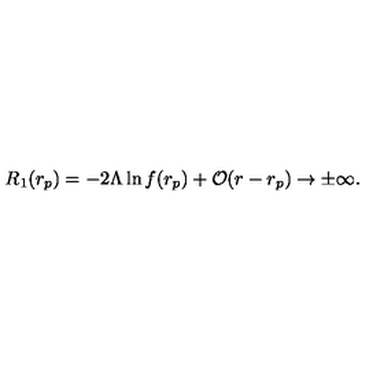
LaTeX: R _ { 1 } ( r _ { p } ) = - 2 \Lambda \ln f ( r _ { p } ) + { \cal O } ( r - r _ { p } ) \to \pm \infty .